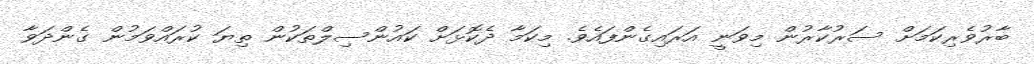
ބާރުވެެރިކަމަށް ސަރުކާރުން މިވަނީ އަރައިގެންފައެވެ. މިކަމާ ދެކޮޅަށް ކައުންސިލްތަކުން ތިޔަ ކުރައްވަމުން ގެންދަވާ